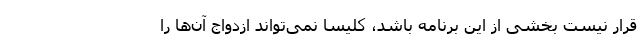
قرار نیست بخشی از این برنامه باشد، کلیسا نمی‌تواند ازدواج آن‌ها را